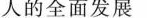
人的全面发展